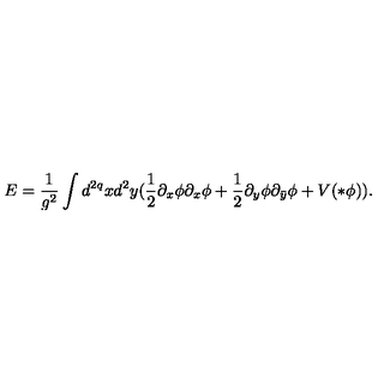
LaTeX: E = \frac { 1 } { g ^ { 2 } } \int d ^ { 2 q } x d ^ { 2 } y ( \frac { 1 } { 2 } \partial _ { x } \phi \partial _ { x } \phi + \frac { 1 } { 2 } \partial _ { y } \phi \partial _ { \bar { y } } \phi + V ( * \phi ) ) .